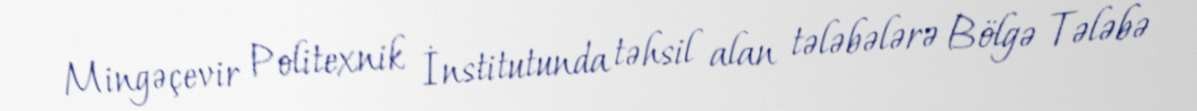
Mingəçevir Politexnik İnstitutunda təhsil alan tələbələrə Bölgə Tələbə